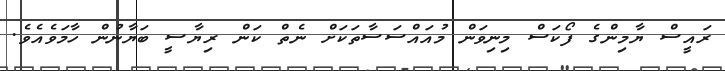
ރައީސް ޔާމިންގެ ފޯކަސް މިނިވަން މުއައްސަސާތަކަށް ނެތް ކަން ރިޔާސީ ބަޔާނުން ހާމަވެއެވެ.